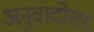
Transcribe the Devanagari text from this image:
अनुवादोत्तर